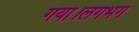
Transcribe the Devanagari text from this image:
गया।लगभग